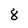
Character: 8